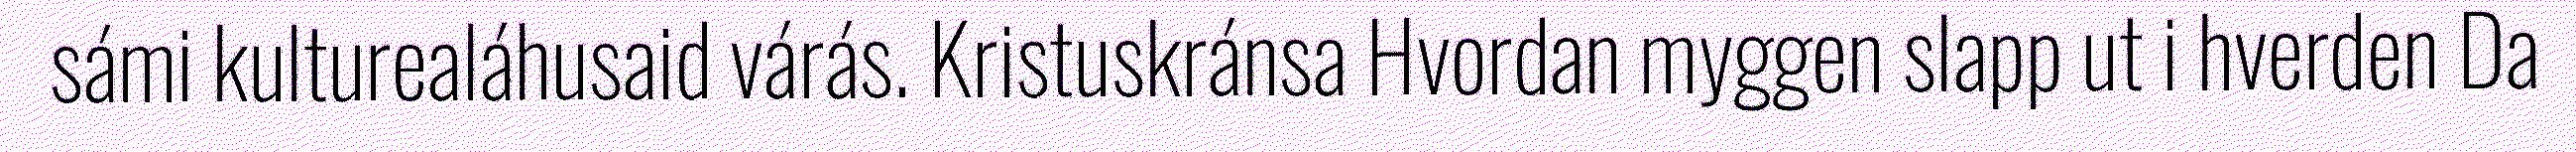
sámi kulturealáhusaid várás. Kristuskránsa Hvordan myggen slapp ut i hverden Da